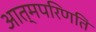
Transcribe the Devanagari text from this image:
आत्मपरिणति